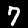
Digit: 7